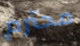
محترم